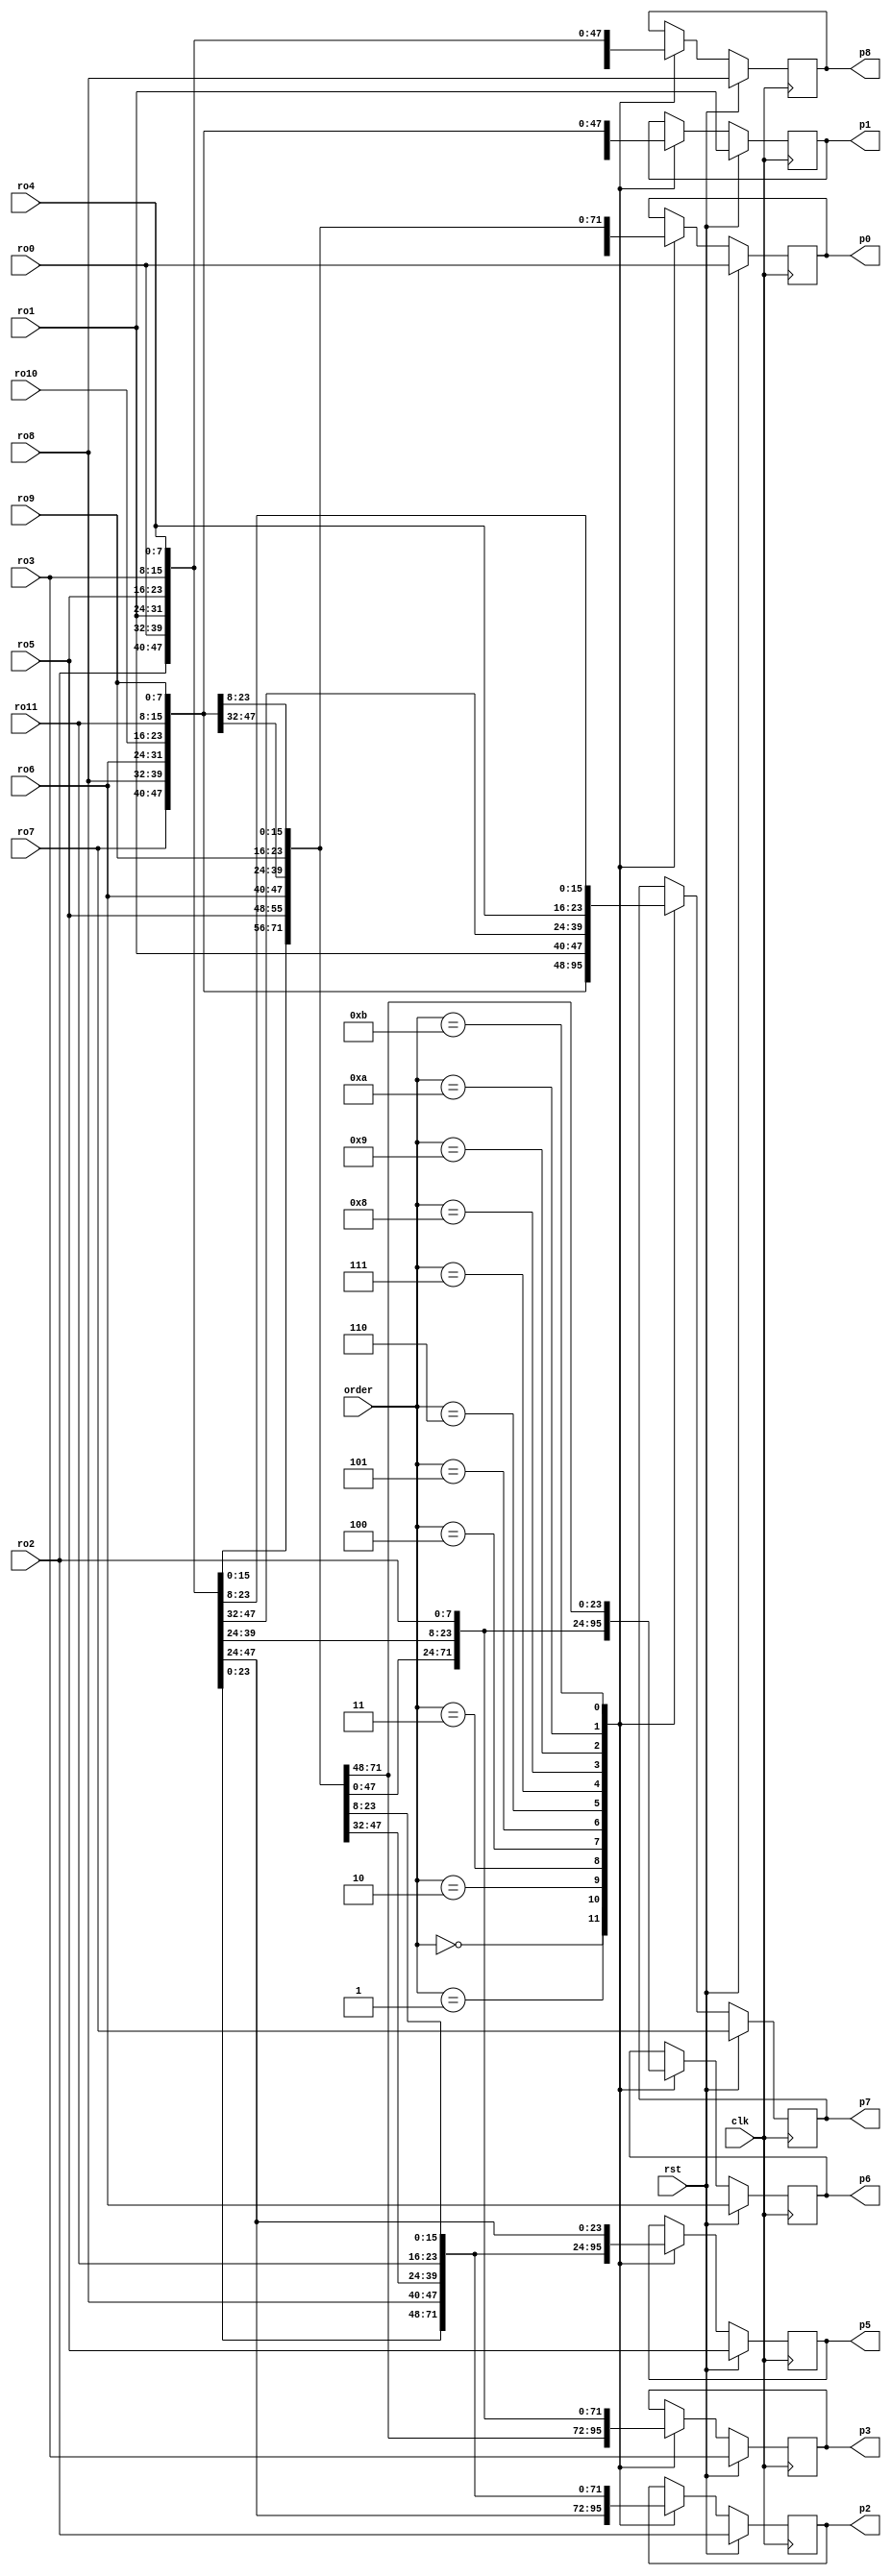
//----------------------------------------------------------------------------
//-- Colocacin de RAMs para la correcta aplicacin del filtro Sobel
//----------------------------------------------------------------------------
//-- September 2019. Written by Ivan Rios
//-- GPL license
//----------------------------------------------------------------------------
//-- Cada valor de "order" indica una colocacin distinta de las RAMs dentro
//-- de la mscara que se tiene que aplicar en ese instante.
//-- p0,p1 y p2 son los valores superiores de la mscara.
//-- p3 y p5 son los valores del centro izquierda y derecha respectivamente
//-- (el centro no se opera.
//-- p6,p7 y p8 son los valores inferiores de la mscara.
//----------------------------------------------------------------------------
module pixel_order( 


	input wire clk,rst,
	
	input wire [3:0] order,
	
	input wire [7:0] ro0,ro1,ro2,
					 ro3,ro4,ro5,
					 ro6,ro7,ro8,
					 ro9,ro10,ro11,
					 
	output wire [7:0]p0,p1,p2,
					 p3,   p5,
					 p6,p7,p8
					 
	);
   

reg [7:0] ou0=0,ou1=0,ou2=0,
		  ou3=0,	  ou5=0,
		  ou6=0,ou7=0,ou8=0;
		  
		  
assign p0  = ou0 ;
assign p1  = ou1 ;
assign p2  = ou2 ;
assign p3  = ou3 ;
assign p5  = ou5 ;
assign p6  = ou6 ;
assign p7  = ou7 ;
assign p8  = ou8 ;

    
always @(posedge clk) begin

 if(rst) begin
	ou0<= ro0;
    ou1<= ro1;
    ou2<= ro2;
    ou3<= ro3;
    ou5<= ro5;
    ou6<= ro6;
    ou7<= ro7;
    ou8<= ro8;
 end
	
				
 else begin
  case (order)

    0: begin
    	ou0<= ro0;
    	ou1<= ro1;
    	ou2<= ro2;
    	ou3<= ro3;
    	ou5<= ro5;
    	ou6<= ro6;
    	ou7<= ro7;
    	ou8<= ro8;
    
    end


    1: begin
    	ou0<= ro1;
    	ou1<= ro2;
    	ou2<= ro0;
    	ou3<= ro4;
    	ou5<= ro3;
    	ou6<= ro7;
    	ou7<= ro8;
    	ou8<= ro6;
    
    end


    2: begin
    	ou0<= ro2;
    	ou1<= ro0;
    	ou2<= ro1;
    	ou3<= ro5;
    	ou5<= ro4;
    	ou6<= ro8;
    	ou7<= ro6;
    	ou8<= ro7;
    
    end


    3: begin
    	ou0<= ro3;
    	ou1<= ro4;
    	ou2<= ro5;
    	ou3<= ro6;
    	ou5<= ro8;
    	ou6<= ro9;
    	ou7<= ro10;
    	ou8<= ro11;
    
    end


    4: begin
    	ou0<= ro4;
    	ou1<= ro5;
    	ou2<= ro3;
    	ou3<= ro7;
    	ou5<= ro6;
    	ou6<= ro10;
    	ou7<= ro11;
    	ou8<= ro9;
    
    end


    5: begin
    	ou0<= ro5;
    	ou1<= ro3;
    	ou2<= ro4;
    	ou3<= ro8;
    	ou5<= ro7;
    	ou6<= ro11;
    	ou7<= ro9;
    	ou8<= ro10;
    
    end


    6: begin
    	ou0<= ro6;
    	ou1<= ro7;
    	ou2<= ro8;
    	ou3<= ro9;
    	ou5<= ro11;
    	ou6<= ro0;
    	ou7<= ro1;
    	ou8<= ro2;
    
    end


    7: begin
    	ou0<= ro7;
    	ou1<= ro8;
    	ou2<= ro6;
    	ou3<= ro10;
    	ou5<= ro9;
    	ou6<= ro1;
    	ou7<= ro2;
    	ou8<= ro0;
    
    end


    8: begin
    	ou0<= ro8;
    	ou1<= ro6;
    	ou2<= ro7;
    	ou3<= ro11;
    	ou5<= ro10;
    	ou6<= ro2;
    	ou7<= ro0;
    	ou8<= ro1;
    
    end


    9: begin
    	ou0<= ro9;
    	ou1<= ro10;
    	ou2<= ro11;
    	ou3<= ro0;
    	ou5<= ro2;
    	ou6<= ro3;
    	ou7<= ro4;
    	ou8<= ro5;
    
    end


    10: begin
    	ou0<= ro10;
    	ou1<= ro11;
    	ou2<= ro9;
    	ou3<= ro1;
    	ou5<= ro0;
    	ou6<= ro4;
    	ou7<= ro5;
    	ou8<= ro3;
    
    end


    11: begin
    	ou0<= ro11;
    	ou1<= ro9;
    	ou2<= ro10;
    	ou3<= ro2;
    	ou5<= ro1;
    	ou6<= ro5;
    	ou7<= ro3;
    	ou8<= ro4;
    
    end

  endcase
 end

end


endmodule